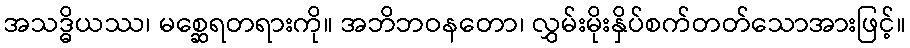
အသဒ္ဓိယဿ၊ မစ္ဆေရတရားကို။ အဘိဘဝနတော၊ လွှမ်းမိုးနှိပ်စက်တတ်သောအားဖြင့်။